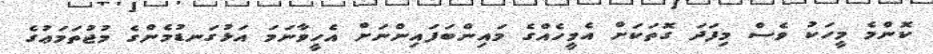
ކޮންމެ މީހަކު ވެސް މިފަދަ ގޮތަކަށް އެމީހެއްގެ މައިންބަފައިންނަށް އެހީވާނަމަ އަޅުގަނޑުމެންގެ މުޖުތަމަޢުގެ